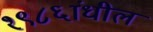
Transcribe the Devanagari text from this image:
१९८६ांधील